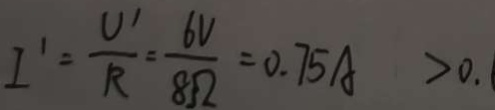
I ^ { \prime } = \frac { U ^ { \prime } } { R } = \frac { 6 V } { 8 \Omega } = 0 . 7 5 A > 0 .